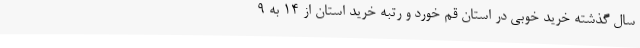
سال گذشته خرید خوبی در استان قم خورد و رتبه خرید استان از 14 به 9